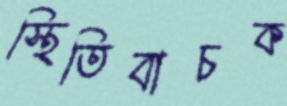
স্থিতিবাচক